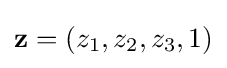
\mathbf {z} =(z_{1},z_{2},z_{3},1)